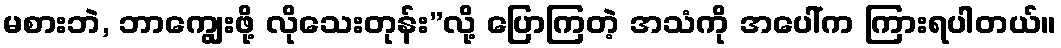
မစားဘဲ, ဘာကျွေးဖို့ လိုသေးတုန်း”လို့ ပြောကြတဲ့ အသံကို အပေါ်က ကြားရပါတယ်။